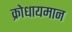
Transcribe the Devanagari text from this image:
क्रोधायमान